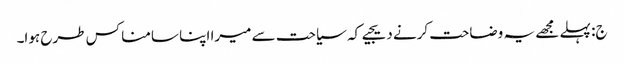
ج: پہلے مجھے یہ وضاحت کرنے دیجیے کہ سیاحت سے میرا اپنا سامنا کس طرح ہوا۔